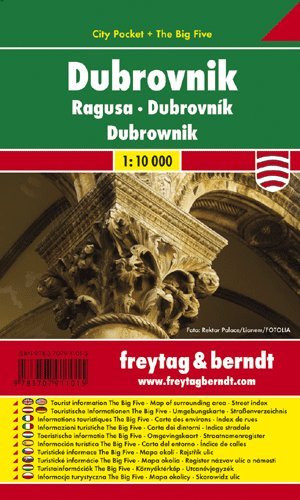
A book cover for Dubrovnik (Croatia) 1:10,000 Pocket Street Map, laminated FREYTAG, 2008 edition; Freytag; Travel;